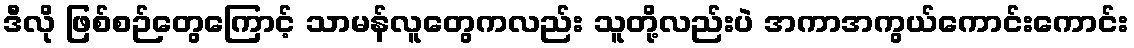
ဒီလို ဖြစ်စဉ်တွေကြောင့် သာမန်လူတွေကလည်း သူတို့လည်းပဲ အကာအကွယ်ကောင်းကောင်း